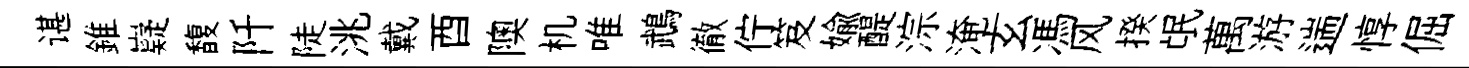
谌錐嶷馥阡陡洮戴酉隩机唯鵡徹佇笈媮醍淙淹玄馮风揆氓萬游遄惇倔